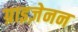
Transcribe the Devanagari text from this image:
ग्राइज़ेनन